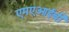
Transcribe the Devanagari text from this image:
एमएआईबी